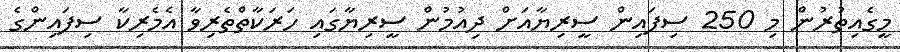
މީގެއިތުރުން މި 250 ސިފައިން ސީރިޔާއަށް ދިއުމުން ސީރިޔާގައި ހަރަކާތްތެރިވާ އެމެރިކާ ސިފައިންގެ